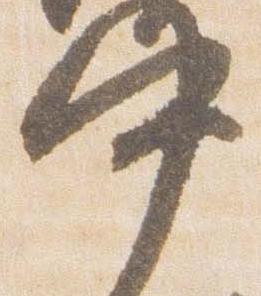
中